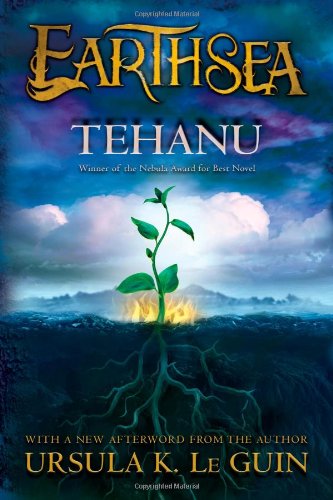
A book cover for Tehanu (Earthsea Cycle); Ursula  K. Le Guin; Teen & Young Adult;